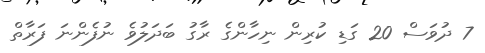
7 ދުވަސް 20 ގަޑި ކުރިން ނިހާންގެ ރާގު ބަދަލުވެ ނުފެންނަ ފަރާތް